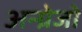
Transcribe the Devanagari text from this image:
अन्ग्रेजो